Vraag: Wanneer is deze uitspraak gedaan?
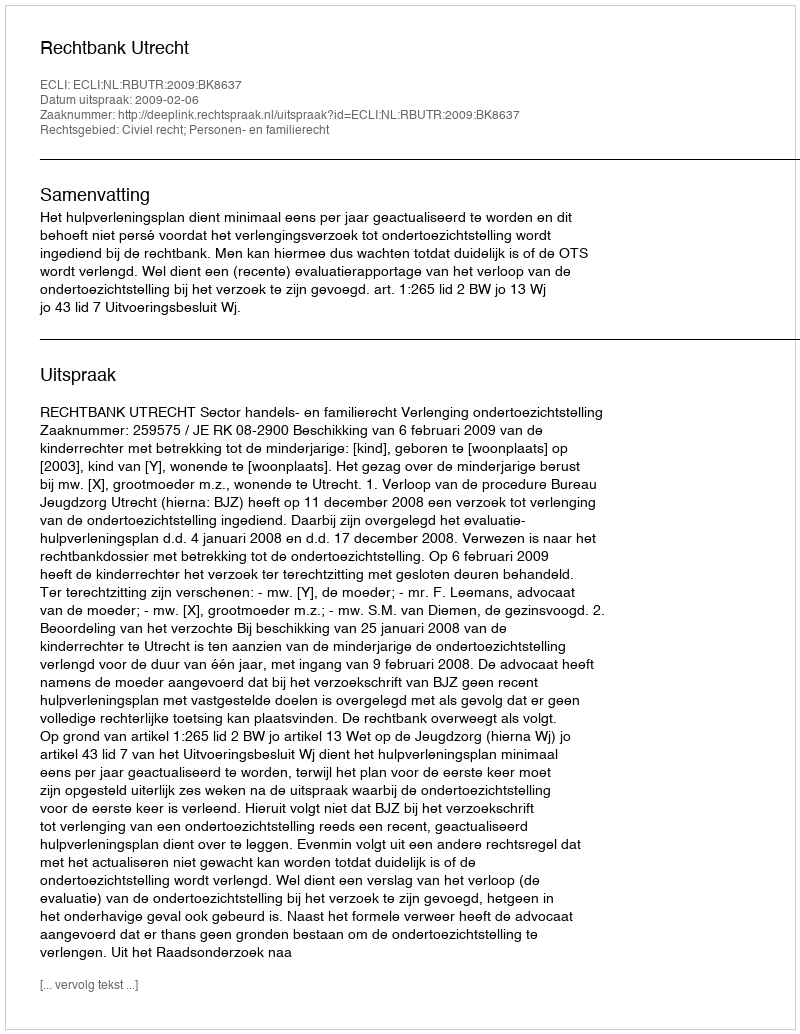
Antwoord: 2009-02-06